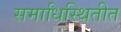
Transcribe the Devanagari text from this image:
समाधिस्थितीत